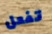
تفعل